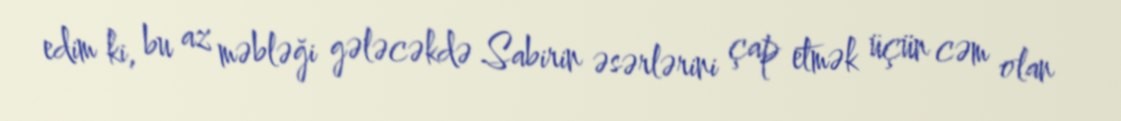
edim ki, bu az məbləği gələcəkdə Sabirin əsərlərini çap etmək üçün cəm olan